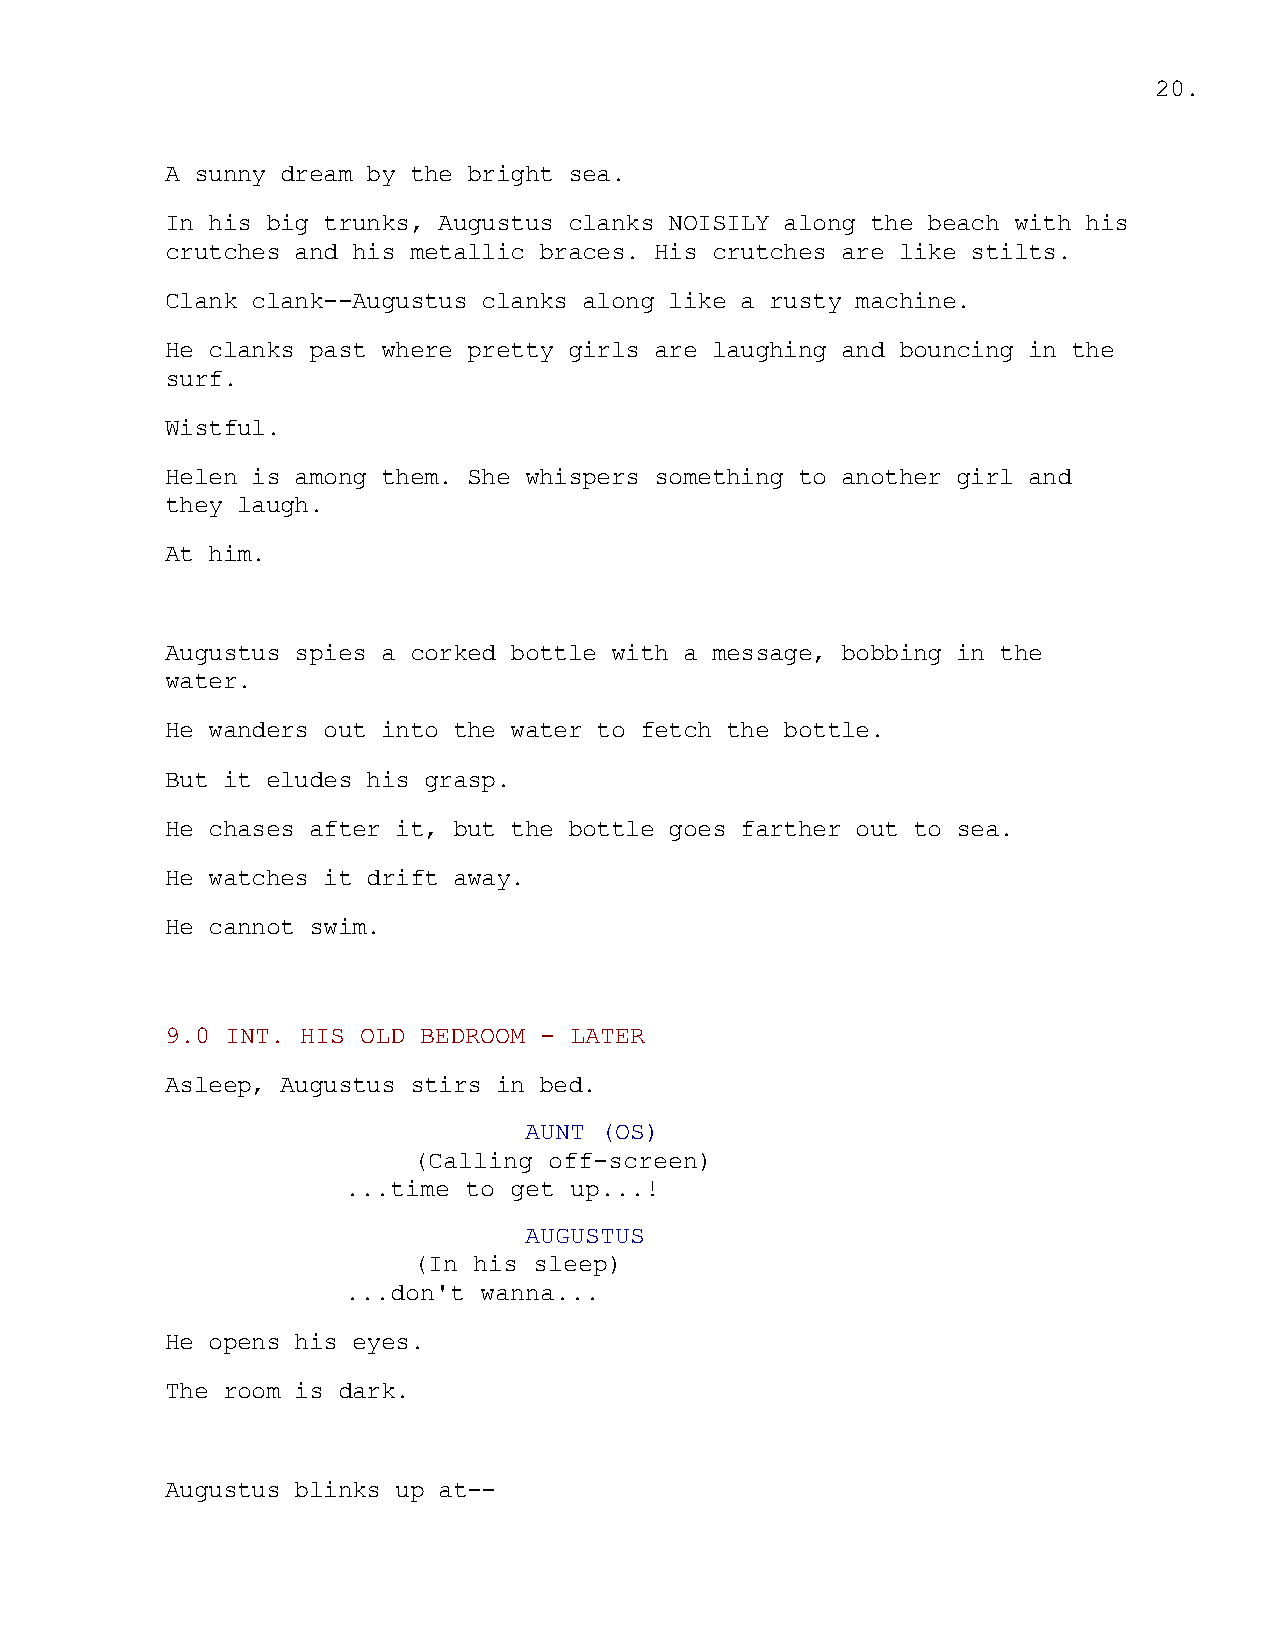
20.
 A sunny dream by the bright sea.
 In his big trunks, Augustus clanks NOISILY along the beach with his
 crutches and his metallic braces. His crutches are like stilts.
 Clank clank--Augustus clanks along like a rusty machine.
 He clanks past where pretty girls are laughing and bouncing in the
 surf.
 Wistful.
 Helen is among them. She whispers something to another girl and
 they laugh.
 At him.
 Augustus spies a corked bottle with a message, bobbing in the
 water.
 He wanders out into the water to fetch the bottle.
 But it eludes his grasp.
 He chases after it, but the bottle goes farther out to sea.
 He watches it drift away.
 He cannot swim.
 9.0 INT. HIS OLD BEDROOM - LATER
 Asleep, Augustus stirs in bed.
 AUNT (OS)
 (Calling off-screen)
 ...time to get up...!
 AUGUSTUS
 (In his sleep)
 ...don't wanna...
 He opens his eyes.
 The room is dark.
 Augustus blinks up at--